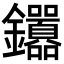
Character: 𬬤